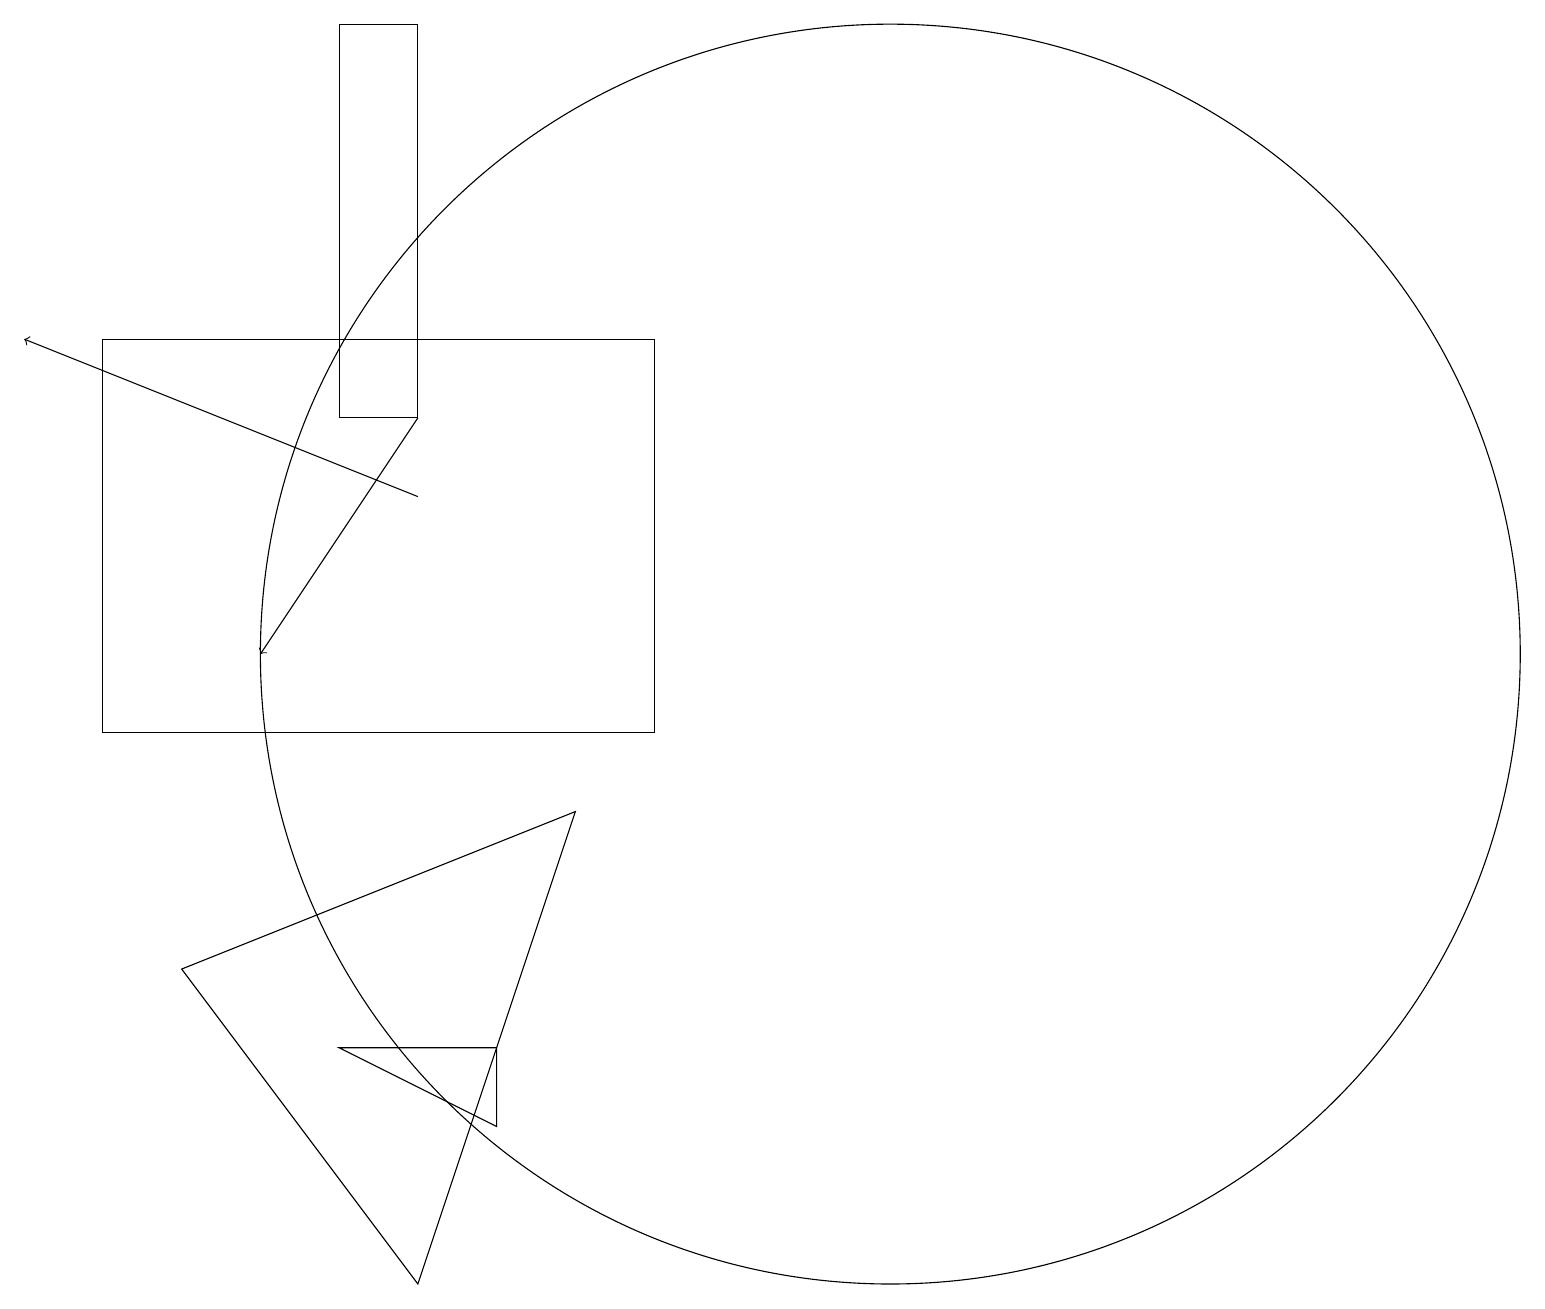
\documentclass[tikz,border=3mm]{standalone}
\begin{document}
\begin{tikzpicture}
\draw (1,10) rectangle (8,15);
\draw (11,11) circle (8);
\draw[->] (5,14) -- (3,11);
\draw[->] (5,13) -- (0,15);
\draw (5,14) rectangle (4,19);
\draw (4,6) -- (6,5) -- (6,6) -- cycle;
\draw (5,3) -- (7,9) -- (2,7) -- cycle;
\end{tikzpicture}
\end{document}